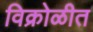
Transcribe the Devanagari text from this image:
विक्रोळीत